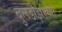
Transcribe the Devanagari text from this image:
बुलडोझरच्या